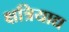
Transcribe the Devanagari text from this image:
क्षत्रियाद्य